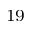
^ { 1 9 }